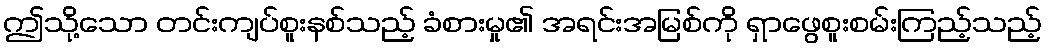
ဤသို့သော တင်းကျပ်စူးနစ်သည့် ခံစားမှု၏ အရင်းအမြစ်ကို ရှာဖွေစူးစမ်းကြည့်သည့်